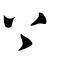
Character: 丄